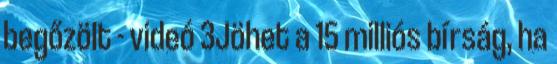
begőzölt - videó 3Jöhet a 15 milliós bírság, ha